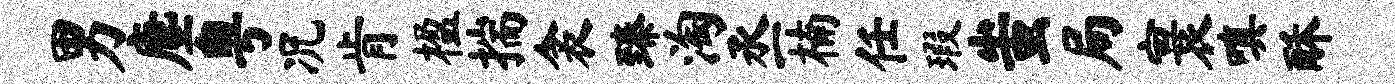
男麈粤况肯楹揣衾臻淘丞楠任瑕蚩局寰嗔酥